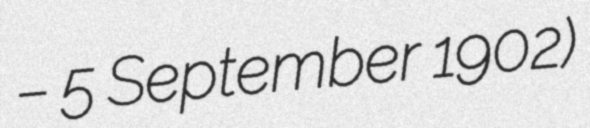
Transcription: – 5 September 1902)